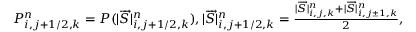
\begin{array} { r } { P _ { i , j + 1 / 2 , k } ^ { n } = P ( | \overrightarrow { S } | _ { i , j + 1 / 2 , k } ^ { n } ) , | \overrightarrow { S } | _ { i , j + 1 / 2 , k } ^ { n } = \frac { | \overrightarrow { S } | _ { i , j , k } ^ { n } + | \overrightarrow { S } | _ { i , j \pm 1 , k } ^ { n } } { 2 } , } \end{array}